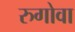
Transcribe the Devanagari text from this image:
रुगोवा